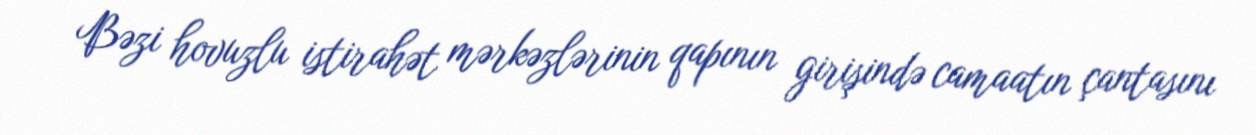
Bəzi hovuzlu istirahət mərkəzlərinin qapının girişində camaatın çantasını